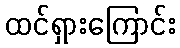
ထင်ရှားကြောင်း